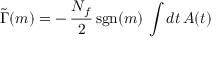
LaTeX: \tilde { \Gamma } ( m ) = - \, \frac { N _ { f } } { 2 } \, \mathrm { s g n } ( m ) \, \int d t \, A ( t )